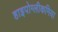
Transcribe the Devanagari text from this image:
हाइपोग्लीकमिया